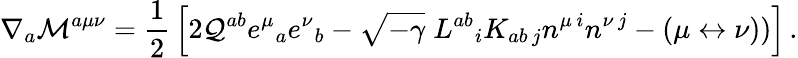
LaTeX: \nabla_{a}{\cal M}^{a\mu\nu}={\frac{1}{2}}\left[2{\cal Q}^{ab}e^{\mu}{}_{a}e^{\nu}{}_{b}-\sqrt{-\gamma}\; L^{ab}{}_{i}K_{ab\, j}n^{\mu\, i}n^{\nu\, j}-(\mu\leftrightarrow\nu))\right]\, .